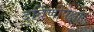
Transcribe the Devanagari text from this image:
दुर्बिणीपेक्षा